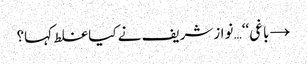
→ باغی‘‘… نوازشریف نے کیا غلط کہا؟